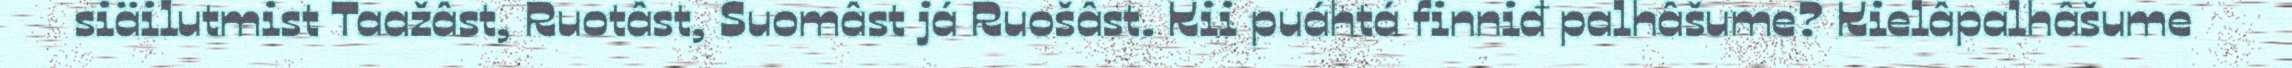
siäilutmist Taažâst, Ruotâst, Suomâst já Ruošâst. Kii puáhtá finniđ palhâšume? Kielâpalhâšume